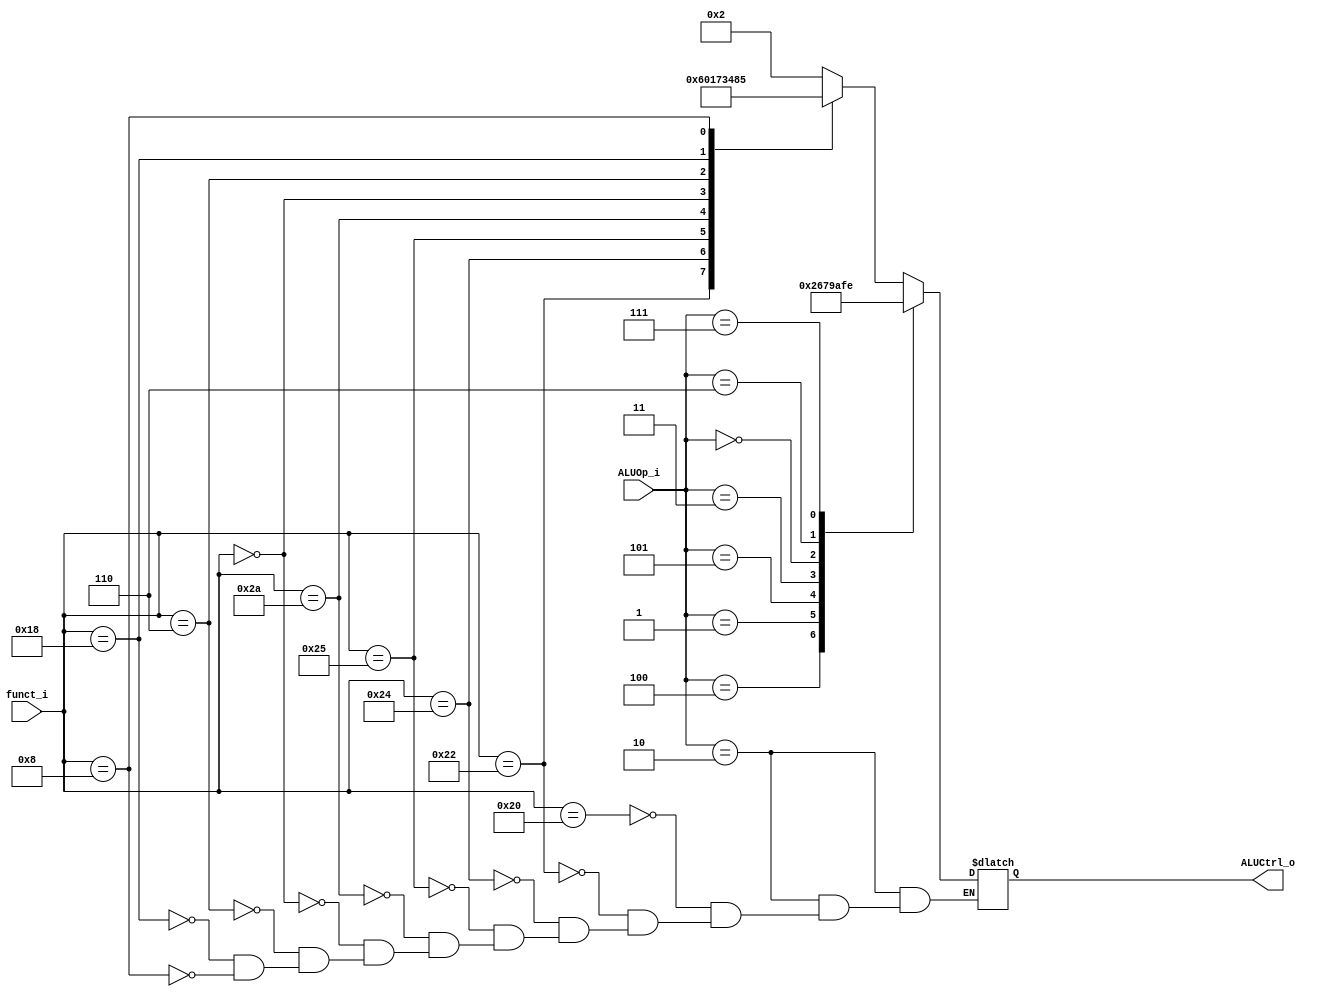
//Subject:     CO project 2 - ALU Controller
//--------------------------------------------------------------------------------
//Version:     1
//--------------------------------------------------------------------------------
//Writer:      
//----------------------------------------------
//Date:        
//----------------------------------------------
//Description: 
//--------------------------------------------------------------------------------

module ALU_Ctrl(
          funct_i,
          ALUOp_i,
          ALUCtrl_o
          );
          
//I/O ports 
input      [6-1:0] funct_i;
input      [3-1:0] ALUOp_i;

output     [4-1:0] ALUCtrl_o;    
     
//Internal Signals
reg        [4-1:0] ALUCtrl_o;

//Parameter

       
//Select exact operation
always @(*) begin
case (ALUOp_i)
	2:case(funct_i)
		32: ALUCtrl_o = 4'b0010;//add
		34: ALUCtrl_o = 4'b0110;//sub
		36: ALUCtrl_o = 4'b0000;//and
		37: ALUCtrl_o = 4'b0001;//or
		42: ALUCtrl_o = 4'b0111;//slt
		0:  ALUCtrl_o = 4'b0011;//sll?
		6:  ALUCtrl_o = 4'b0100;//srlv?
		24: ALUCtrl_o = 4'b1000;//mul
		8:  ALUCtrl_o = 4'b0101;/////////////////////////////////////////////////////// jr 
          endcase
	4:ALUCtrl_o = 4'b0010;//addi
	1:ALUCtrl_o = 4'b0110;//beq,bgt,bne
	5:ALUCtrl_o = 4'b0111;//slti
	3:ALUCtrl_o = 4'b1001;//lui?
	0:ALUCtrl_o = 4'b1010;//ori?
	/////////////7:ALUCtrl_o = 4'b1011;//bne
	6:ALUCtrl_o = 4'b1111;//bgez,bnez
	7:ALUCtrl_o = 4'b1110;////////////////'''''''''''''''''''''''''''''''''''''''''''''''jal
endcase
//case(funct_i)
//	32: ALUCtrl_o = 4'b0010;//add
//	34: ALUCtrl_o = 4'b0110;//sub
//	36: ALUCtrl_o = 4'b0000;//and
//	37: ALUCtrl_o = 4'b0001;//or
//	42: ALUCtrl_o = 4'b0111;//slt
//	0: case(ALUOp_i)
//		4:ALUCtrl_o = 4'b0010;//addi
//		5:ALUCtrl_o = 4'b0111;//slti
//		1:ALUCtrl_o = 4'b0110;//beq
//	   endcase
//endcase
end

endmodule